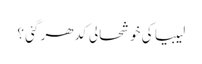
لیبیا کی خوشحالی کدھر گئی ؟